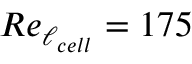
R e _ { \ell _ { c e l l } } = 1 7 5